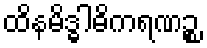
ထိနမိဒ္ဓါဓိကရဏဉ္စ